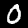
Label: 0